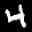
Label: 4